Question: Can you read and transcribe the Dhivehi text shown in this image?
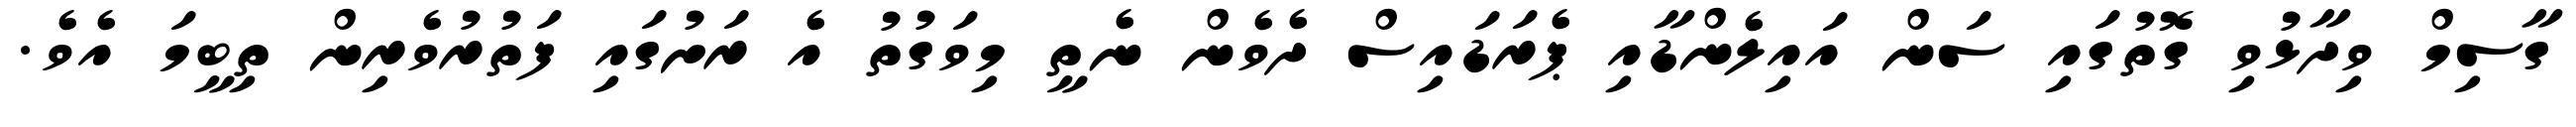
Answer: ގާސިމް ވިދާޅުވި ގޮތުގައި ސަން އައިލެންޑާއި ޕެރަޑައިސް ދެވެން ނެތީ މިވަގުތު އެ ރަށުގައި ފަތުރުވެރިން ތިބީމަ އެވެ.